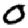
Digit: 0